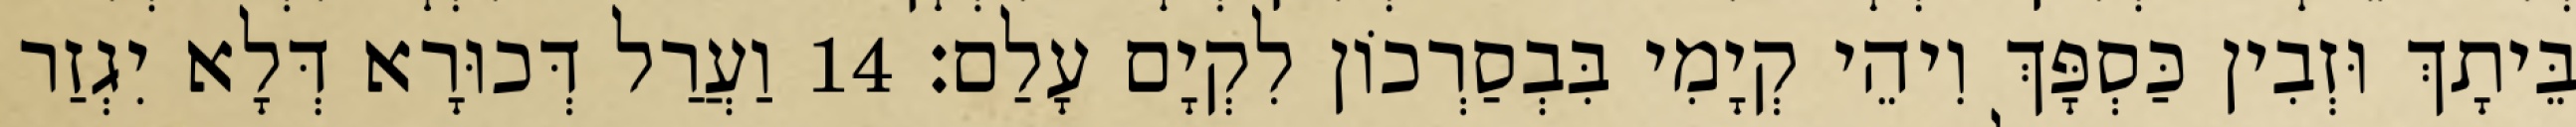
בֵּיתָךְ וּזְבִין כַּסְפָּךְ וִיהֵי קְיָמִי בִּבְסַרְכוֹן לִקְיָם עָלַם׃ 14 וַעֲרַל דְּכוּרָא דְּלָא יִגְזַר